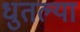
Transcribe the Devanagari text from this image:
धुतल्या